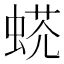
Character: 𧌺